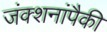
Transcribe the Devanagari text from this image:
जंक्शनांपैकी